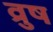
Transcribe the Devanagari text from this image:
व्रुष